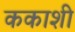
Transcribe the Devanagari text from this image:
ककाशी